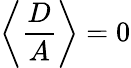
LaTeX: \left\langle\frac{D}{A}\right\rangle=0